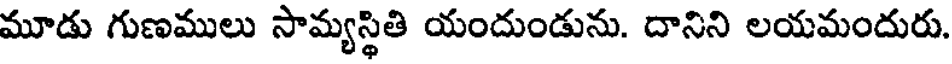
మూడు గుణములు సామ్యస్థితి యందుండును. దానిని లయమందురు.